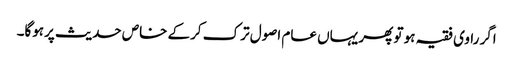
اگر راوی فقیہ ہو تو پھر یہاں عام اصول ترک کرکے خاص حدیث پرہوگا۔